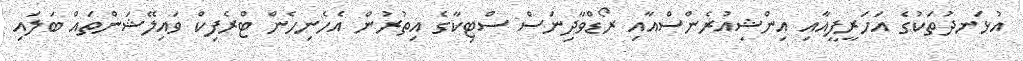
އުޅަނދުތަކުގެ އަހަރީފީއާއި އިންޝިއުރެންސްއާއި ރޯޑްވާދިނަސް ސްޓިކާގެ އިތުރުން އެހެނިހެން ޓްރެފިކް ވައިލޭޝަންތައް ބަލައި